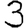
Digit: 3